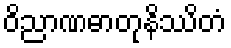
ဝိညာဏဓာတုနိဿိတံ